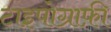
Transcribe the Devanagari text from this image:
टाइपोग्राफ़ी